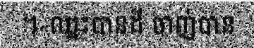
។«ឈ្នះបានដី ចាញ់បាន